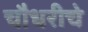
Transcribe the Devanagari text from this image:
चौधरीचे